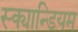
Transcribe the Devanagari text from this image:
स्क्यान्डियम